Report on sanitation, dispensaries, and jails in Rajputana for 1919, and on vaccination for the year 1919-1920 - 1919-1920
Year: 1919
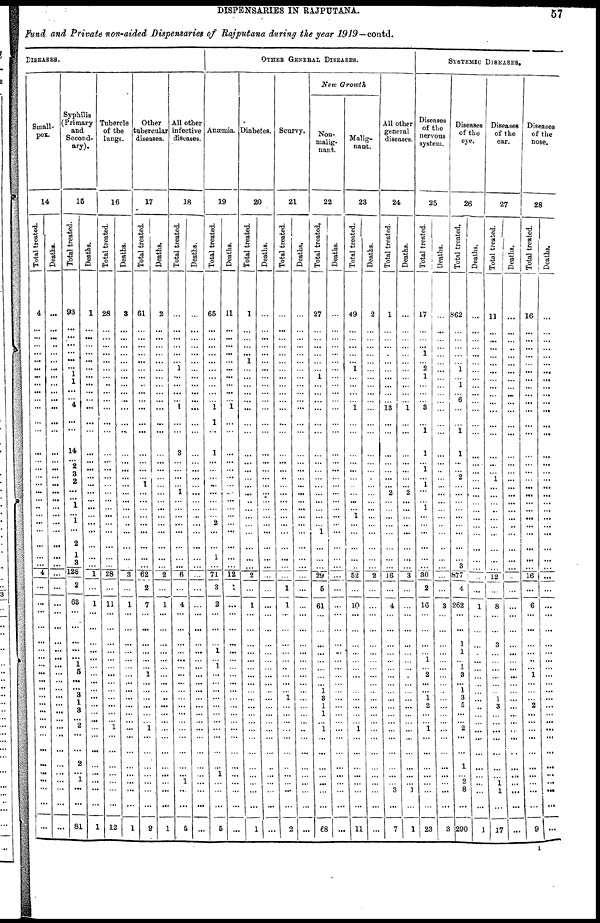
DISPENSARIES IN RAJPUTANA.
57
Fund and Private non-aided Dispensaries of Rajputana during the year 1919—contd.
DISEASES.
Small-
pox.
14
Total treated.
4
...
...
...
...
...
...
...
...
...
...
...
...
...
...
...
...
...
...
...
...
...
...
...
...
...
...
4
...
...
...
...
...
...
...
...
...
...
...
...
...
...
...
...
...
...
...
... ...
...
..
...
Deaths.
...
...
...
...
...
...
...
...
...
...
...
...
...
...
...
...
...
...
...
...
...
...
...
...
...
...
...
...
...
...
...
...
...
...
...
...
...
...
...
...
...
...
..
..
...
..
...
... ..
...
...
...
Syphilis
(Primary
and
Second-
ary).
15
Total treated.
93
...
...
...
...
...
... 1
1
...
...
4
...
...
14
... 2
3
2
...
... 1
...
1
...
2
1
3
128
2
63
...
...
...
...
...
1
5
...
...
3
1
3
...
2
...
...
2
...
1
...
...
81
Deaths.
1
...
...
...
...
...
...
...
...
...
...
...
...
...
...
...
...
...
...
...
...
...
...
...
...
...
...
...
1
...
1
...
...
...
...
...
...
...
...
...
...
...
...
...
...
...
...
...
... ...
...
...
1
Tubercle
of the
Lungs.
16
Total treated.
28
...
...
...
...
...
...
...
...
...
...
...
...
...
...
...
...
...
...
...
...
...
...
...
...
...
...
...
28
...
11
...
...
...
...
...
...
...
...
...
...
...
...
...
1
...
...
...
...
...
...
...
12
Deaths.
3
...
...
...
...
...
...
...
...
...
...
...
...
...
...
...
...
...
...
...
...
...
...
...
...
...
...
...
3
...
1
...
...
...
...
...
...
...
...
... ...
...
...
...
...
...
...
...
... ...
...
...
1
Other tubercular diseases.
17
Tot al treated.
61
...
...
...
...
...
...
...
...
...
...
...
...
...
...
...
...
...
1
...
...
...
...
...
...
...
...
...
62
2
7
...
...
...
...
...
...
1
...
...
...
...
...
...
1
...
...
...
... ...
...
...
9
Deat hs .
2
...
...
...
...
...
...
...
...
...
...
...
...
...
...
...
...
...
...
...
...
...
...
...
...
...
...
...
2
...
1
...
...
...
...
...
...
...
...
... ...
...
...
...
...
...
...
...
... ...
...
...
1
All other
infective
diseases.
18
Total treated.
...
...
...
...
...
1
...
...
...
...
1
...
...
3
...
...
...
... 1
...
...
...
...
...
...
...
...
6
...
4
...
...
...
...
...
...
...
...
...
...
...
...
...
...
...
...
...
... 1
...
...
5
Deaths.
...
...
...
...
...
...
...
...
...
...
...
...
...
...
...
...
...
...
...
...
...
...
...
...
...
...
...
...
...
...
...
...
...
...
...
...
...
...
...
... ...
...
...
...
...
...
...
...
... ...
...
...
...
OTHER GENERAL DISEASES.
Anæmia.
19
Total treated.
65
...
...
...
...
...
...
...
...
...
...
1
1
...
1
...
...
...
...
...
...
...
...
2
...
...
1
...
71
3
2
...
...
...
1
...
1
...
...
...
...
...
...
...
...
...
...
... ...
...
...
...
5
Deaths.
11
...
...
...
...
...
...
...
...
...
...
1
...
...
...
...
...
...
...
...
...
...
...
...
...
...
...
...
12
1
...
...
...
...
...
...
...
...
...
...
...
...
...
...
...
...
...
...
... ...
...
...
...
Diabetes.
20
Total treated.
1
...
...
...
...
1
...
...
...
...
...
...
...
...
...
...
...
...
...
...
...
...
...
...
...
...
...
....
2
...
1
...
...
...
...
...
...
...
...
...
...
...
...
...
...
...
...
...
... ...
...
...
1
Deaths.
...
...
...
...
...
...
...
...
...
...
...
...
...
...
...
...
...
...
...
...
...
...
...
...
...
...
...
...
...
...
...
...
...
...
...
...
...
...
...
... ...
...
...
...
...
...
...
...
... ...
...
...
...
Scurvy.
21
Total treated.
...
...
...
...
...
...
...
...
...
...
...
...
...
...
...
...
...
...
...
...
...
...
...
...
...
...
...
...
...
1
1
...
...
...
...
...
...
...
...
...
1
...
...
...
...
...
...
...
...
...
...
...
2
Deaths.
...
...
...
...
...
...
...
...
...
...
...
...
...
...
...
...
...
...
...
...
...
...
...
...
...
...
...
...
...
...
...
...
...
...
...
...
...
...
...
... ...
...
...
...
...
...
...
...
... ...
...
...
...
New Growth
Non-
malig-
nant.
22
Tot al treated.
27
...
...
...
...
...
...
1
...
...
...
...
...
...
...
...
...
...
...
...
...
...
...
...
1
...
...
...
29
5
61
...
...
...
...
...
...
...
...
1
3
1
1
...
1
...
...
...
...
...
...
...
68
Deat hs .
...
...
...
...
...
...
...
...
...
...
...
...
...
...
...
...
...
...
...
...
...
...
...
...
...
...
...
...
...
...
...
...
...
...
...
...
...
...
...
...
...
...
...
...
...
...
...
...
... ...
...
...
...
Malig-
nant.
23
Tot al treated.
49
...
...
...
...
...
1
...
...
...
...
1
...
...
...
...
...
...
...
...
...
...
1
...
...
...
...
...
52
...
10
...
...
...
...
...
...
...
...
... ...
...
...
...
1
...
...
...
... ...
...
...
11
Deat hs .
2
...
...
...
...
...
...
...
...
...
...
...
...
...
...
...
...
...
...
...
...
...
...
...
...
...
...
...
2
...
...
...
...
...
...
...
...
...
...
...
...
...
...
...
...
...
...
...
...
...
...
...
...
All other
general
diseases.
24
Total treated.
1
...
...
...
...
...
...
...
...
...
...
13
...
...
...
...
...
...
...
2
...
...
...
...
...
...
...
...
16
...
4
...
...
...
...
...
...
...
...
...
...
...
...
...
...
...
...
...
...
...
3
...
7
Deaths.
...
...
...
...
...
...
...
...
...
...
...
1
...
...
...
...
...
...
... 2
...
...
...
...
...
...
...
...
3
...
...
...
...
...
...
...
...
...
...
...
...
...
...
...
...
...
...
...
... ...
1
...
1
SYSTEMIC DISEASES.
Diseases
of the
nervous
system.
25
Total treated.
17
...
...
...
1
...
2
1
...
...
...
3
...
1
1
... 1
...
1
...
... ...
...
...
...
...
...
...
30
2
16
...
...
...
...
1
...
2
...
...
1
2
...
...
1
...
...
...
... ...
...
...
23
Deaths.
...
...
...
...
...
...
...
...
...
...
...
...
...
...
...
...
...
...
...
...
...
...
...
...
...
...
...
...
...
...
3
...
...
...
...
...
...
...
...
...
...
...
...
...
...
...
...
...
...
...
...
...
3
Diseases
of the
eye.
26
Total treated.
862
...
...
...
...
...
1
...
1
...
6
...
...
1
1
...
...
2
...
...
...
...
...
...
...
...
...
3
877
4
262
...
...
1
1
...
1
3
...
1
3
5
...
...
2
...
...
1
... 2
8
...
290
Deaths.
...
...
...
...
...
...
...
...
...
...
...
...
...
...
...
...
...
...
...
...
...
...
...
...
...
...
...
...
...
...
1
...
...
...
...
...
...
...
...
...
...
...
...
...
...
...
...
...
... ...
...
...
1
Diseases
of the
ear.
27
Tot al t r eat ed.
11
...
...
...
...
...
...
...
...
...
...
...
...
...
...
...
...
1
...
...
...
...
...
...
...
...
...
...
12
...
8
...
...
3
...
...
...
...
...
...
1
3
...
...
...
...
...
...
...
1
1
...
17
Deat hs .
...
...
...
...
...
...
...
...
...
...
...
...
...
...
...
...
...
...
...
...
...
...
...
...
...
...
...
...
...
...
...
...
...
...
...
...
...
...
...
...
...
...
...
...
...
...
...
...
...
...
...
...
...
Diseases
of the
nose.
28
Total treated.
16
...
...
...
...
...
...
...
...
...
...
...
...
...
...
...
...
...
...
...
...
...
...
...
...
...
...
...
16
...
6
...
...
...
...
...
...
1
...
...
...
2
...
...
...
...
...
...
... ...
...
...
9
Deaths.
...
...
...
...
...
...
...
...
...
...
...
...
...
...
...
...
...
...
...
...
...
...
...
...
...
...
...
...
...
...
...
...
...
...
...
...
...
...
...
...
...
...
...
...
...
...
1
...
... ....
...
...
...
I